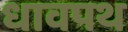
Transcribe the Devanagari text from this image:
धावपथ